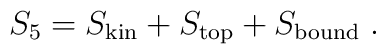
S_5=S_{\rm kin}+S_{\rm top}+S_{\rm bound}\; .